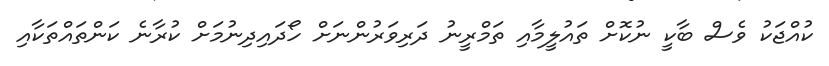
ކުއްޖަކު ވެސް ބާކީ ނުކޮށް ތައުލީމާއި ތަމްރީނު ދަރިވަރުންނަށް ހޯދައިދިނުމަށް ކުރާނެ ކަންތައްތަކާއި